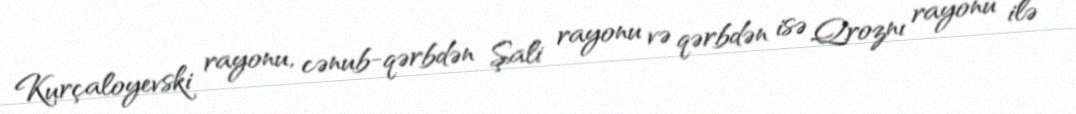
Kurçaloyevski rayonu, cənub-qərbdən Şali rayonu və qərbdən isə Qroznı rayonu ilə